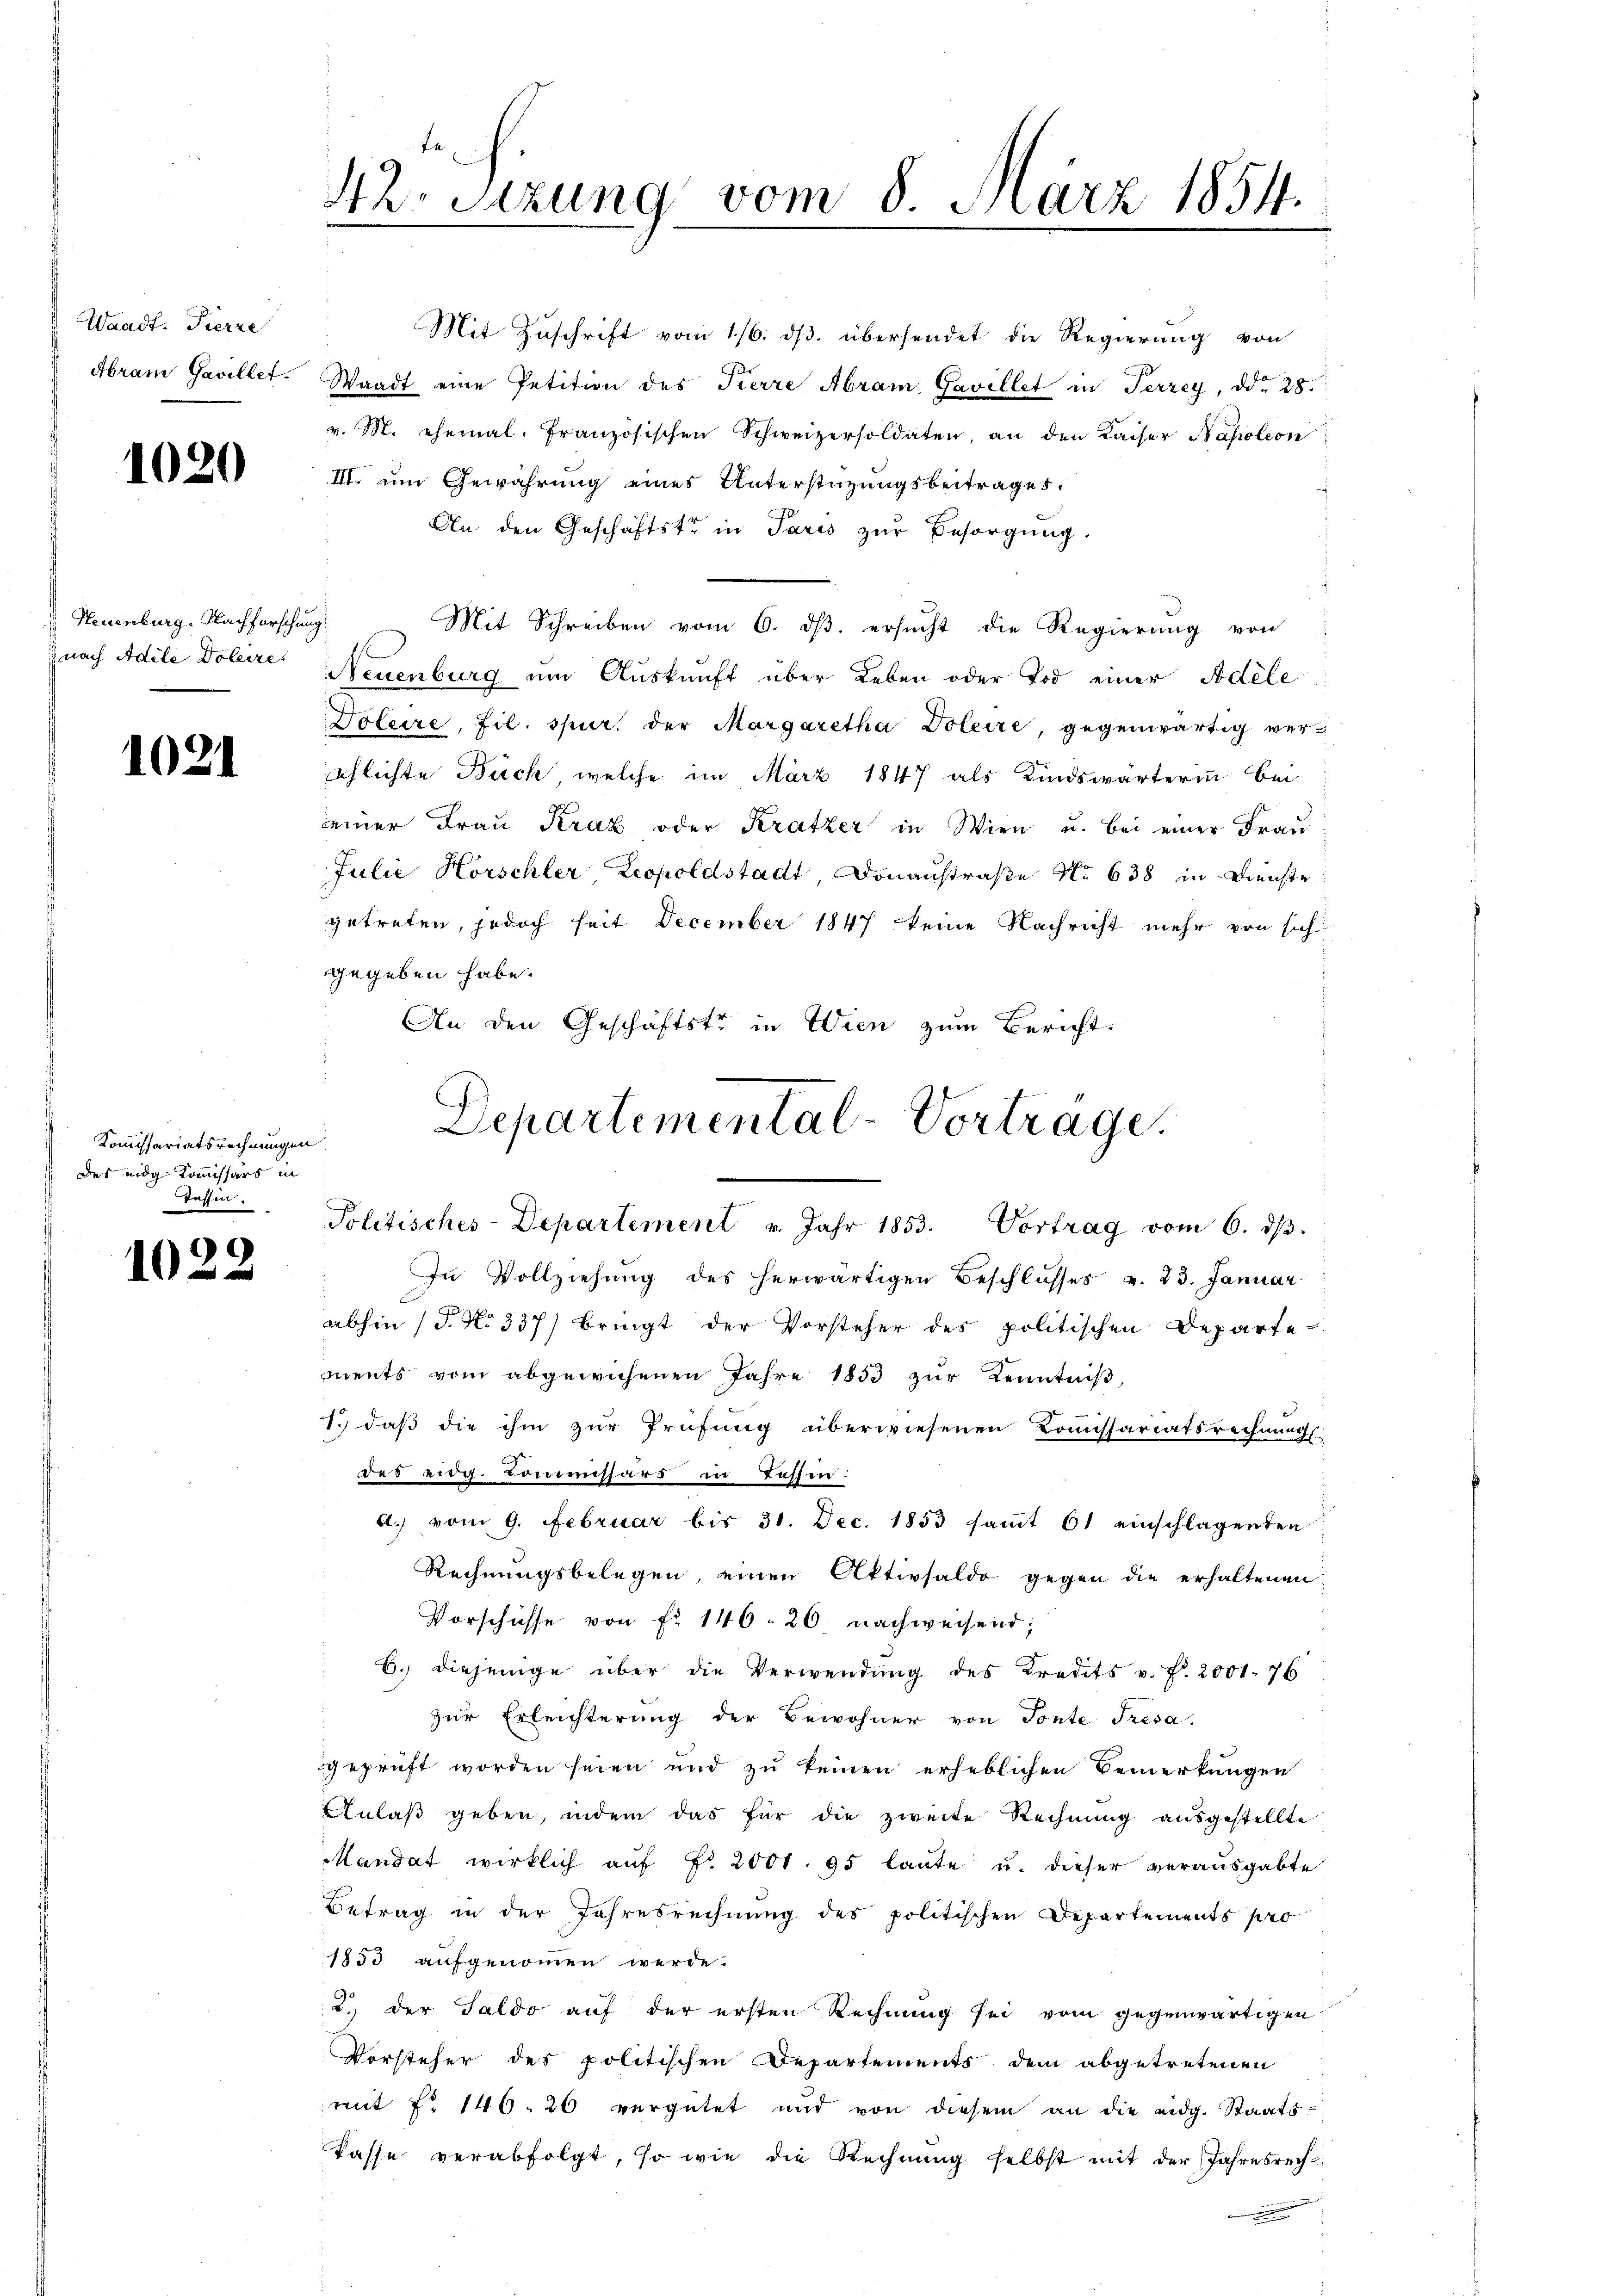
Waadt. Fierze

1020

Neuenburg. Nachforschung

1021

Kommissariatsrechnungen
des eidg Kommissärs in
Tessin.

1

42. Sizung vom 8. März 1854.
.

Mit Zuschrift vom 1/6. ds. übersendet die Regierung von
" Abram Gavillet. Waadt eine Petition des Fierre Abram, Gavillet in Terzey, ddo 28.
v. M. ehemal. Französischen Schweizersoldaten, an den Kaiser Napoleon
III. um Gewährung eines Unterstüzungsbeitrages.
An den Geschäftstr in Paris zur Besorgung.
Mit Schreiben vom 6. dβ. ersucht die Regierung von
znach Adile Doleire Neuenburg um Auskunft über Leben oder Tod einer Adele
Doleire, fil. spur der Margaretha Doleire, gegenwärtig ver-
schlichte Buch, welche im März 1847 als Kindswärterinn bei
einer Frau Kraz oder Kratzer in Wien u. bei einer Frau
Julie Horschler Leopoldstadt, Donaustraße No 638 in Dienste
getreten, jedoch seit December 1847 keine Nachricht mehr von sich
gegeben habe.
An den Geschäftstr in Wien zum Bericht.
Departemental-Vortrage.

Politisches-Departement u. Jahr 1853. Vortrag vom 6. dβ.

In Vollziehung des herwärtigen Beschlusses v. 23. Januar
abhin (S. No 337) bringt der Vorsteher des politischen Departe
ments vom abgewichenen Jahre 1853 zur Kenntniß,
1. daβ die ihm zŭr Prüfŭng überwiesenen Comissariatsrechnŭng
das eidg. Kommissärs in Tessin:
a.) vom 9. Februar bis 31. Dec. 1853 saṁt 61 einschlagenden
Rechnungsbelegen, einen Aktivsaldo gegen die erhaltenen
Vorschüsse von Fr. 146. 26. nachweisend;
b. diejenige über die Verwendŭng des Kredits v. f. 2001. 76
zŭr Erleichterung der Bewohner von Tonte Tresa.
geprüft worden seien und zu keinen erheblichen Bemerkungen
Anlaß geben, indem das für die zweite Rechnung ausgestellte
Mandat wirklich aŭf Fr. 2001. 95 laute u. dieser veraŭsgabte
Betrag in der Jahresrechnung des politischen Departements pro
1853 aufgenommen werde.
2.) der Saldo auf der ersten Rechnung sei vom gegenwärtigen
Vorsteher des politischen Departements dem abgetretenen
mit No 146. 26 vergütet und von diesem an die eidg. Staats-
kasse verabfolgt, so wie die Rechnŭng selbst mit der Jahresrech
e